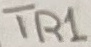
Text: TR1